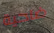
ضاحية